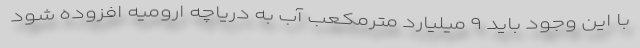
با این وجود باید ۹ میلیارد مترمکعب آب به دریاچه ارومیه افزوده شود